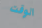
الوقت